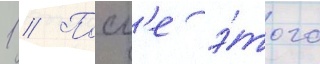
1 // Посл'е э́того